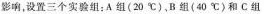
影响，设置三个实验组：A组(20℃)，B组(40℃)和C组